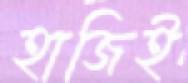
হাজিই